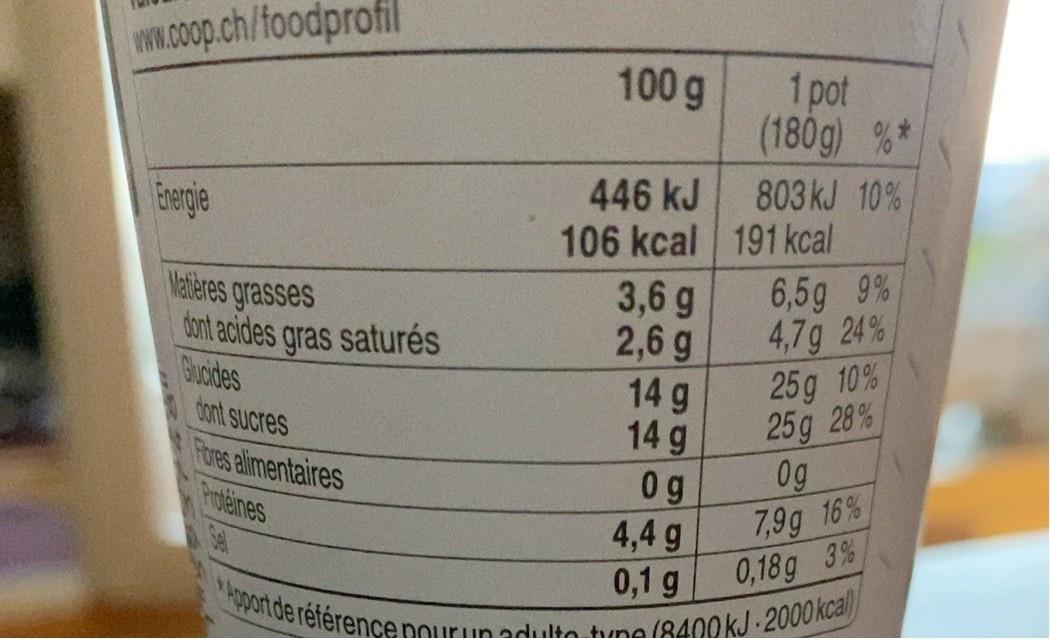
w.coop.ch/foodprofil
100 g
1 pot (180g) %*
446 kJ 106 kcal 191 kcal 3,6 g 2,6 g 14 g 14 g 0 g
Eergie
803 kJ 10%
Matières grasses dont acides gras saturés Guoides dont sucres Fores alimentaires Proteines
6,5g 9% 4,7g 24% 25g 10% 25g 28%
0g
7,9g 16% 0,18g 3%
4,4 g
0,1 g Pport de référencenourunedulka huno
(8400KJ 2000kcal